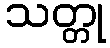
သတ္တု